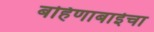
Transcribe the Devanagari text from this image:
बहिणाबाईचा